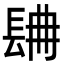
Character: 𨱸